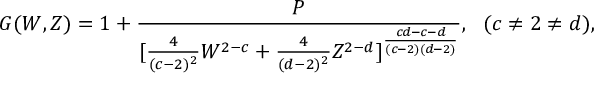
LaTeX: G ( W , Z ) = 1 + { \frac { P } { [ { \frac { 4 } { ( c - 2 ) ^ { 2 } } } W ^ { 2 - c } + { \frac { 4 } { ( d - 2 ) ^ { 2 } } } Z ^ { 2 - d } ] ^ { \frac { c d - c - d } { ( c - 2 ) ( d - 2 ) } } } } , \ \ ( c \neq 2 \neq d ) ,